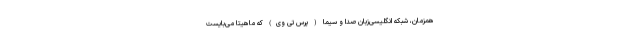
همزمان، شبکه‌ انگلیسی‌زبان صدا و سیما ( پرس تی وی) که ماهیتا می‌بایست